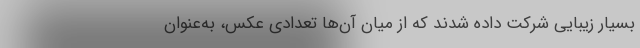
بسیار زیبایی شرکت داده شدند که از میان آن‌ها تعدادی عکس، به‌عنوان